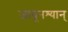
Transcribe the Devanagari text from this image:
जावूनश्यान्